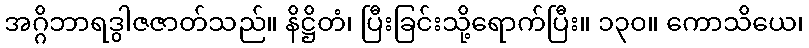
အဂ္ဂိဘာရဒွါဇဇာတ်သည်။ နိဋ္ဌိတံ၊ ပြီးခြင်းသို့ရောက်ပြီး။ ၁၃၀။ ကောသိယေ၊